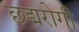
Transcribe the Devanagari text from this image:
छद्मरोगी